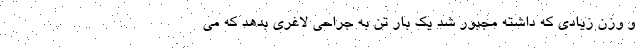
و وزن زیادی که داشته مجبور شد یک بار تن به جراحی لاغری بدهد که می